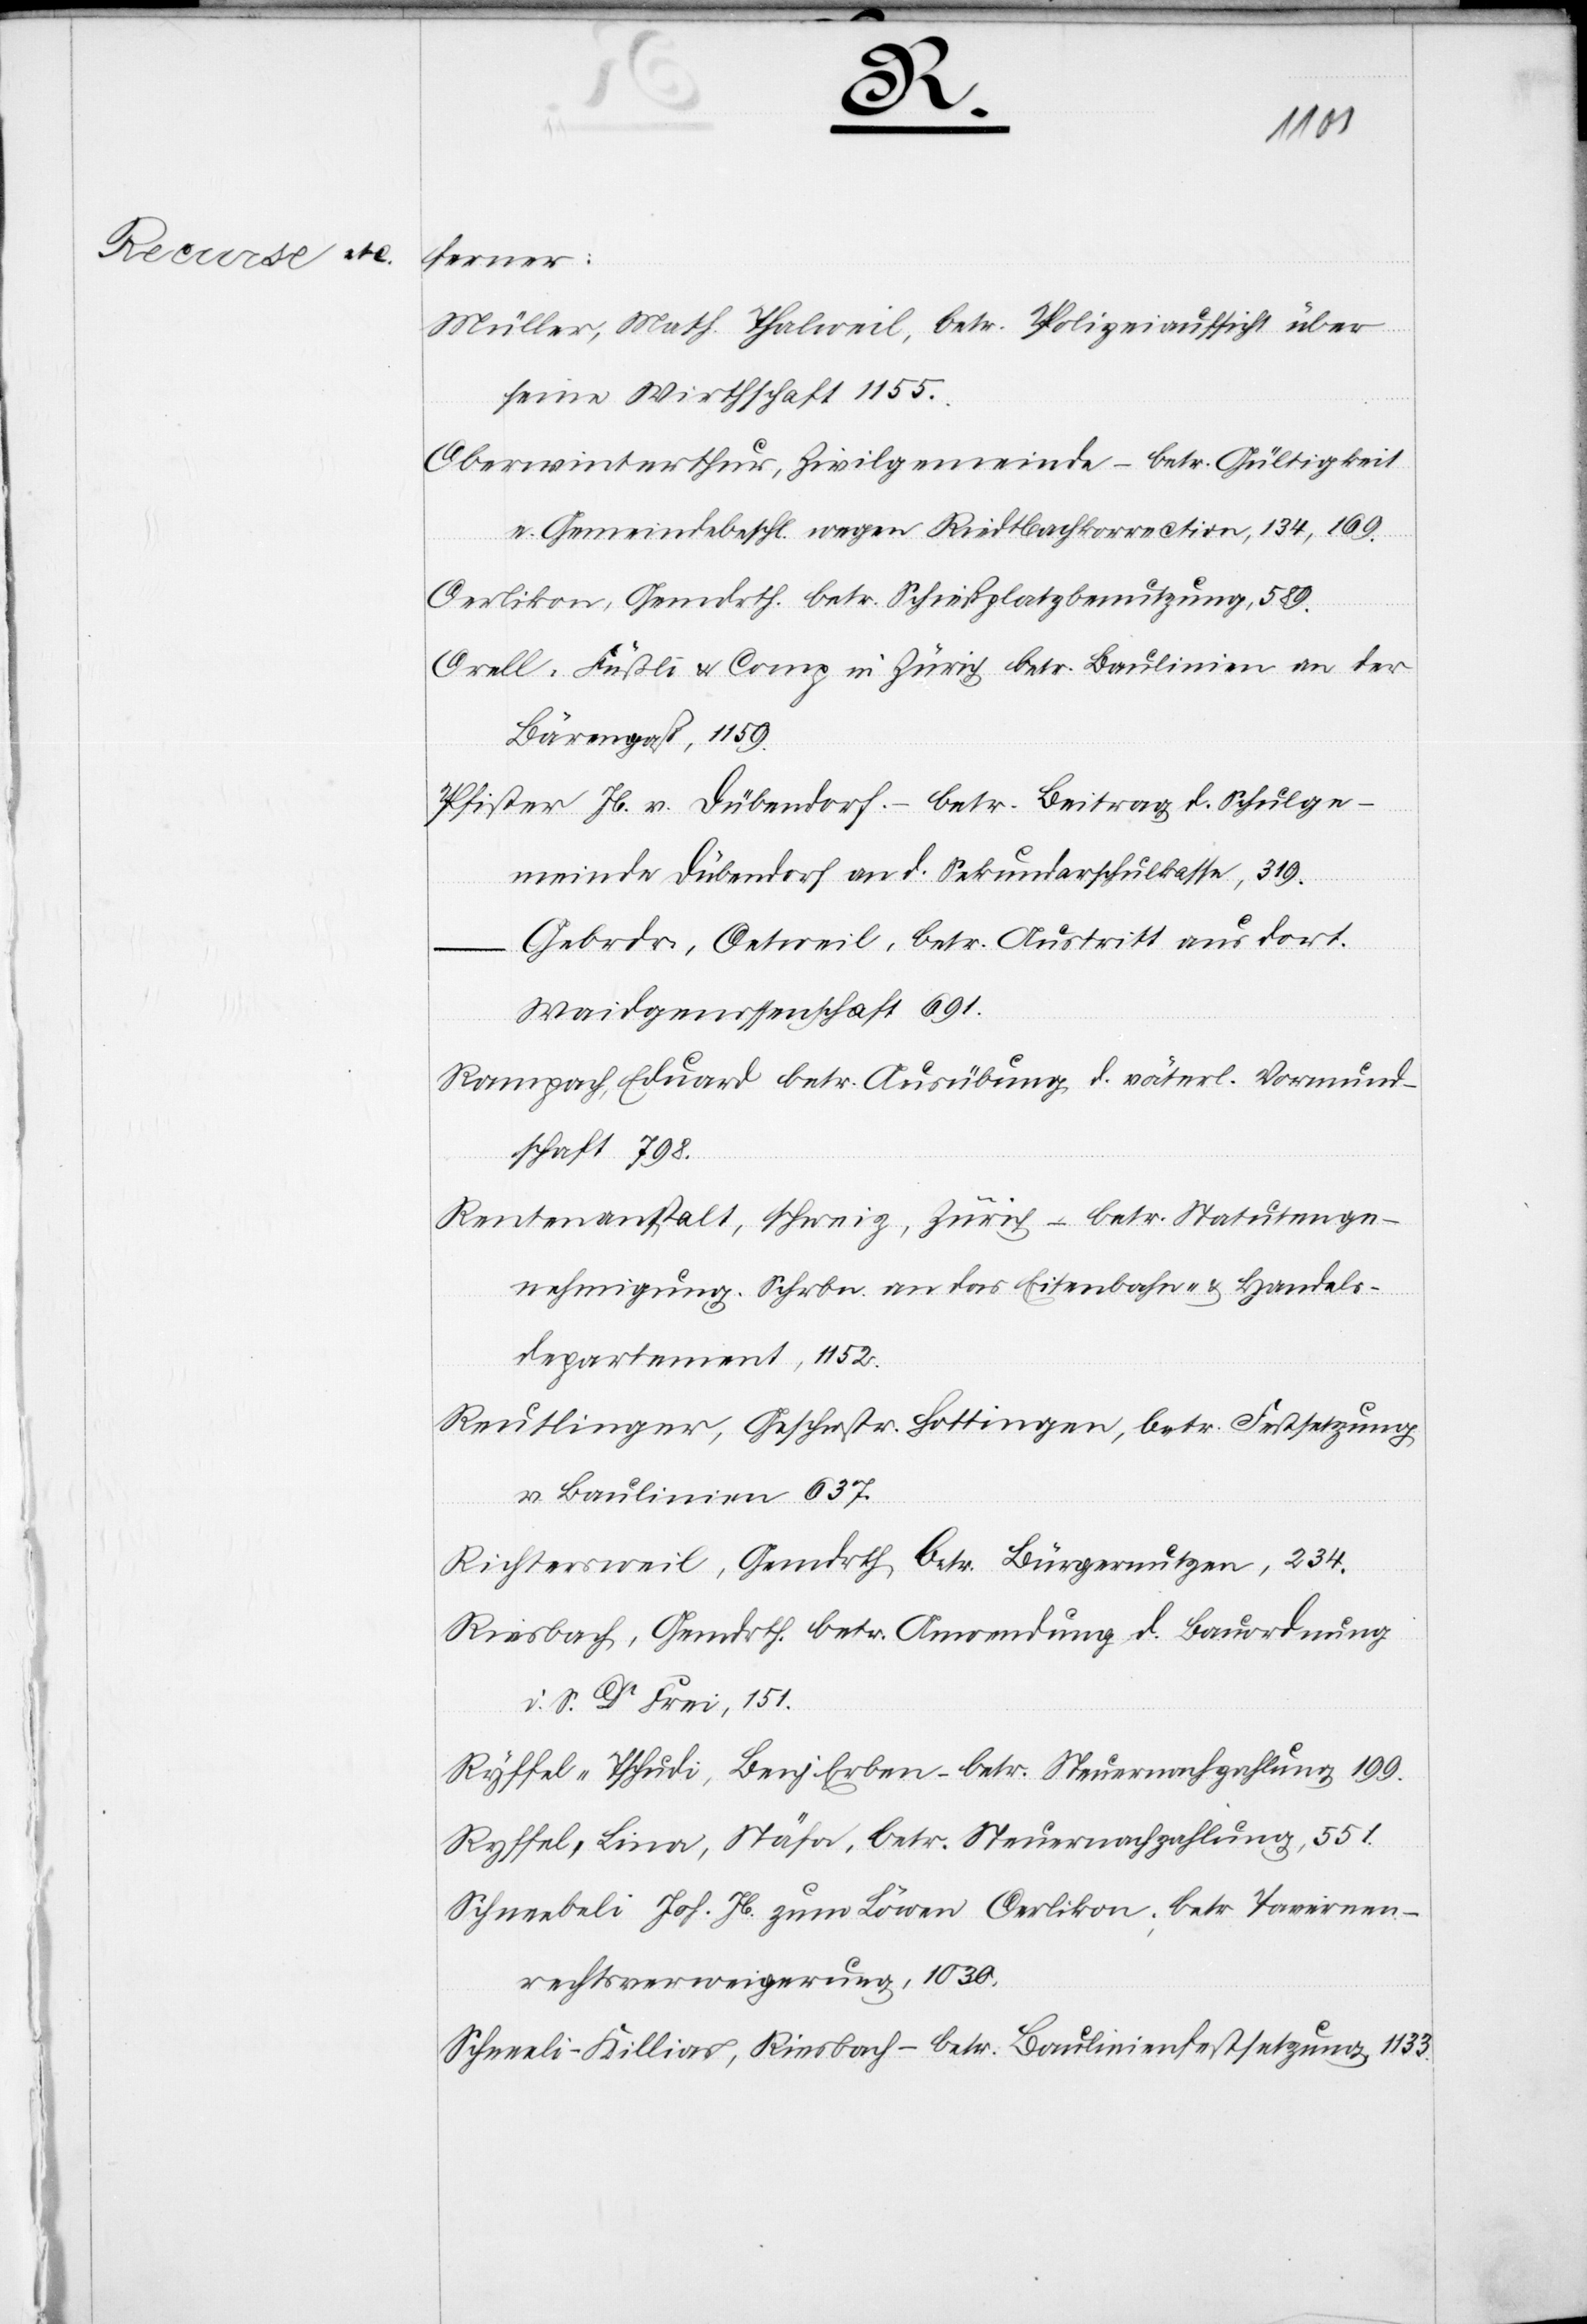
Sachen des

ommenen
7
tät
ektion,